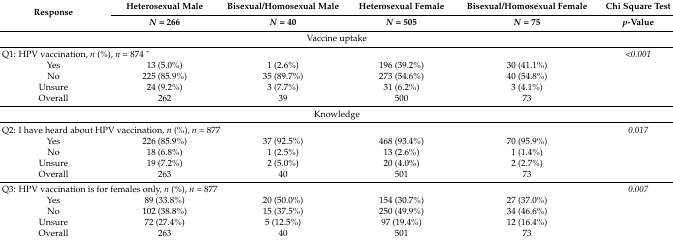
<table><thead><tr><td rowspan="2"><b>Response</b></td><td><b>Heterosexual Male</b></td><td><b>Bisexual/Homosexual Male</b></td><td><b>Heterosexual Female</b></td><td><b>Bisexual/Homosexual Female</b></td><td><b>Chi Square Test</b></td></tr><tr><td><b><i>N</i> = 266</b></td><td><b><i>N</i> = 40</b></td><td><b><i>N</i> = 505</b></td><td><b><i>N</i> = 75</b></td><td><b><i>p</i>-Value</b></td></tr></thead><tbody><tr><td colspan="6">Vaccine uptake</td></tr><tr><td colspan="3">Q1: HPV vaccination, <i>n</i> (%), <i>n</i> = 874 ^</td><td></td><td></td><td><i>&lt;0.001</i></td></tr><tr><td>Yes</td><td>13 (5.0%)</td><td>1 (2.6%)</td><td>196 (39.2%)</td><td>30 (41.1%)</td><td></td></tr><tr><td>No</td><td>225 (85.9%)</td><td>35 (89.7%)</td><td>273 (54.6%)</td><td>40 (54.8%)</td><td></td></tr><tr><td>Unsure</td><td>24 (9.2%)</td><td>3 (7.7%)</td><td>31 (6.2%)</td><td>3 (4.1%)</td><td></td></tr><tr><td>Overall</td><td>262</td><td>39</td><td>500</td><td>73</td><td></td></tr><tr><td colspan="6">Knowledge</td></tr><tr><td colspan="3">Q2: I have heard about HPV vaccination, <i>n</i> (%), <i>n</i> = 877</td><td></td><td></td><td><i>0.017</i></td></tr><tr><td>Yes</td><td>226 (85.9%)</td><td>37 (92.5%)</td><td>468 (93.4%)</td><td>70 (95.9%)</td><td></td></tr><tr><td>No</td><td>18 (6.8%)</td><td>1 (2.5%)</td><td>13 (2.6%)</td><td>1 (1.4%)</td><td></td></tr><tr><td>Unsure</td><td>19 (7.2%)</td><td>2 (5.0%)</td><td>20 (4.0%)</td><td>2 (2.7%)</td><td></td></tr><tr><td>Overall</td><td>263</td><td>40</td><td>501</td><td>73</td><td></td></tr><tr><td colspan="3">Q3: HPV vaccination is for females only, <i>n</i> (%), <i>n</i> = 877</td><td></td><td></td><td><i>0.007</i></td></tr><tr><td>Yes</td><td>89 (33.8%)</td><td>20 (50.0%)</td><td>154 (30.7%)</td><td>27 (37.0%)</td><td></td></tr><tr><td>No</td><td>102 (38.8%)</td><td>15 (37.5%)</td><td>250 (49.9%)</td><td>34 (46.6%)</td><td></td></tr><tr><td>Unsure</td><td>72 (27.4%)</td><td>5 (12.5%)</td><td>97 (19.4%)</td><td>12 (16.4%)</td><td></td></tr><tr><td>Overall</td><td>263</td><td>40</td><td>501</td><td>73</td><td></td></tr></tbody></table>